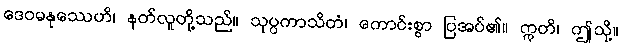
ဒေဝမနုဿေဟိ၊ နတ်လူတို့သည်။ သုပ္ပကာသိတံ၊ ကောင်းစွာ ပြအပ်၏။ ဣတိ၊ ဤသို့။